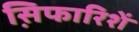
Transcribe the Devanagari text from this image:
स़िफारिशें